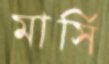
মার্সি